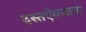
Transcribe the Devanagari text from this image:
दस्तऐवजाचा